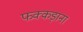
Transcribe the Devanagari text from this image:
फक्‍कड़ाना